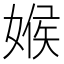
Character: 𡟑